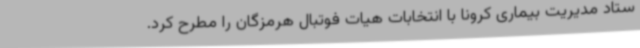
ستاد مدیریت بیماری کرونا با انتخابات هیات فوتبال هرمزگان را مطرح کرد.